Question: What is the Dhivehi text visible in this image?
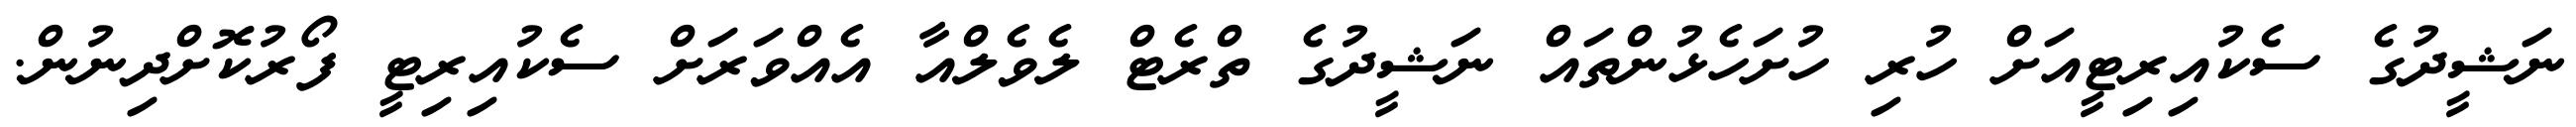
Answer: ނަޝީދުގެ ސެކުއިރިޓީއަށް ހުރި ހުށަހެޅުންތައް ނަޝީދުގެ ތްރެޓް ލެވެލްއާ އެއްވަރަށް ސެކުއިރިޓީ ފޯރުކޮށްދިނުން.